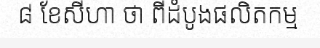
៨ ខែសីហា ថា ពីដំបូងផលិតកម្ម